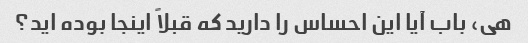
هی، باب آیا این احساس را دارید که قبلاً اینجا بوده اید؟